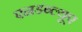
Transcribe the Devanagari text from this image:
एनडब्ल्यूए